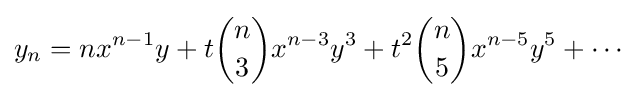
y_{n}=nx^{n-1}y+t{n \choose 3}x^{n-3}y^{3}+t^{2}{n \choose 5}x^{n-5}y^{5}+\cdots